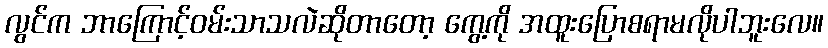
လွင်က ဘာကြောင့်ဝမ်းသာသလဲဆိုတာတော့ ကွေ့ကို အထူးပြောစရာမလိုပါဘူးလေ။